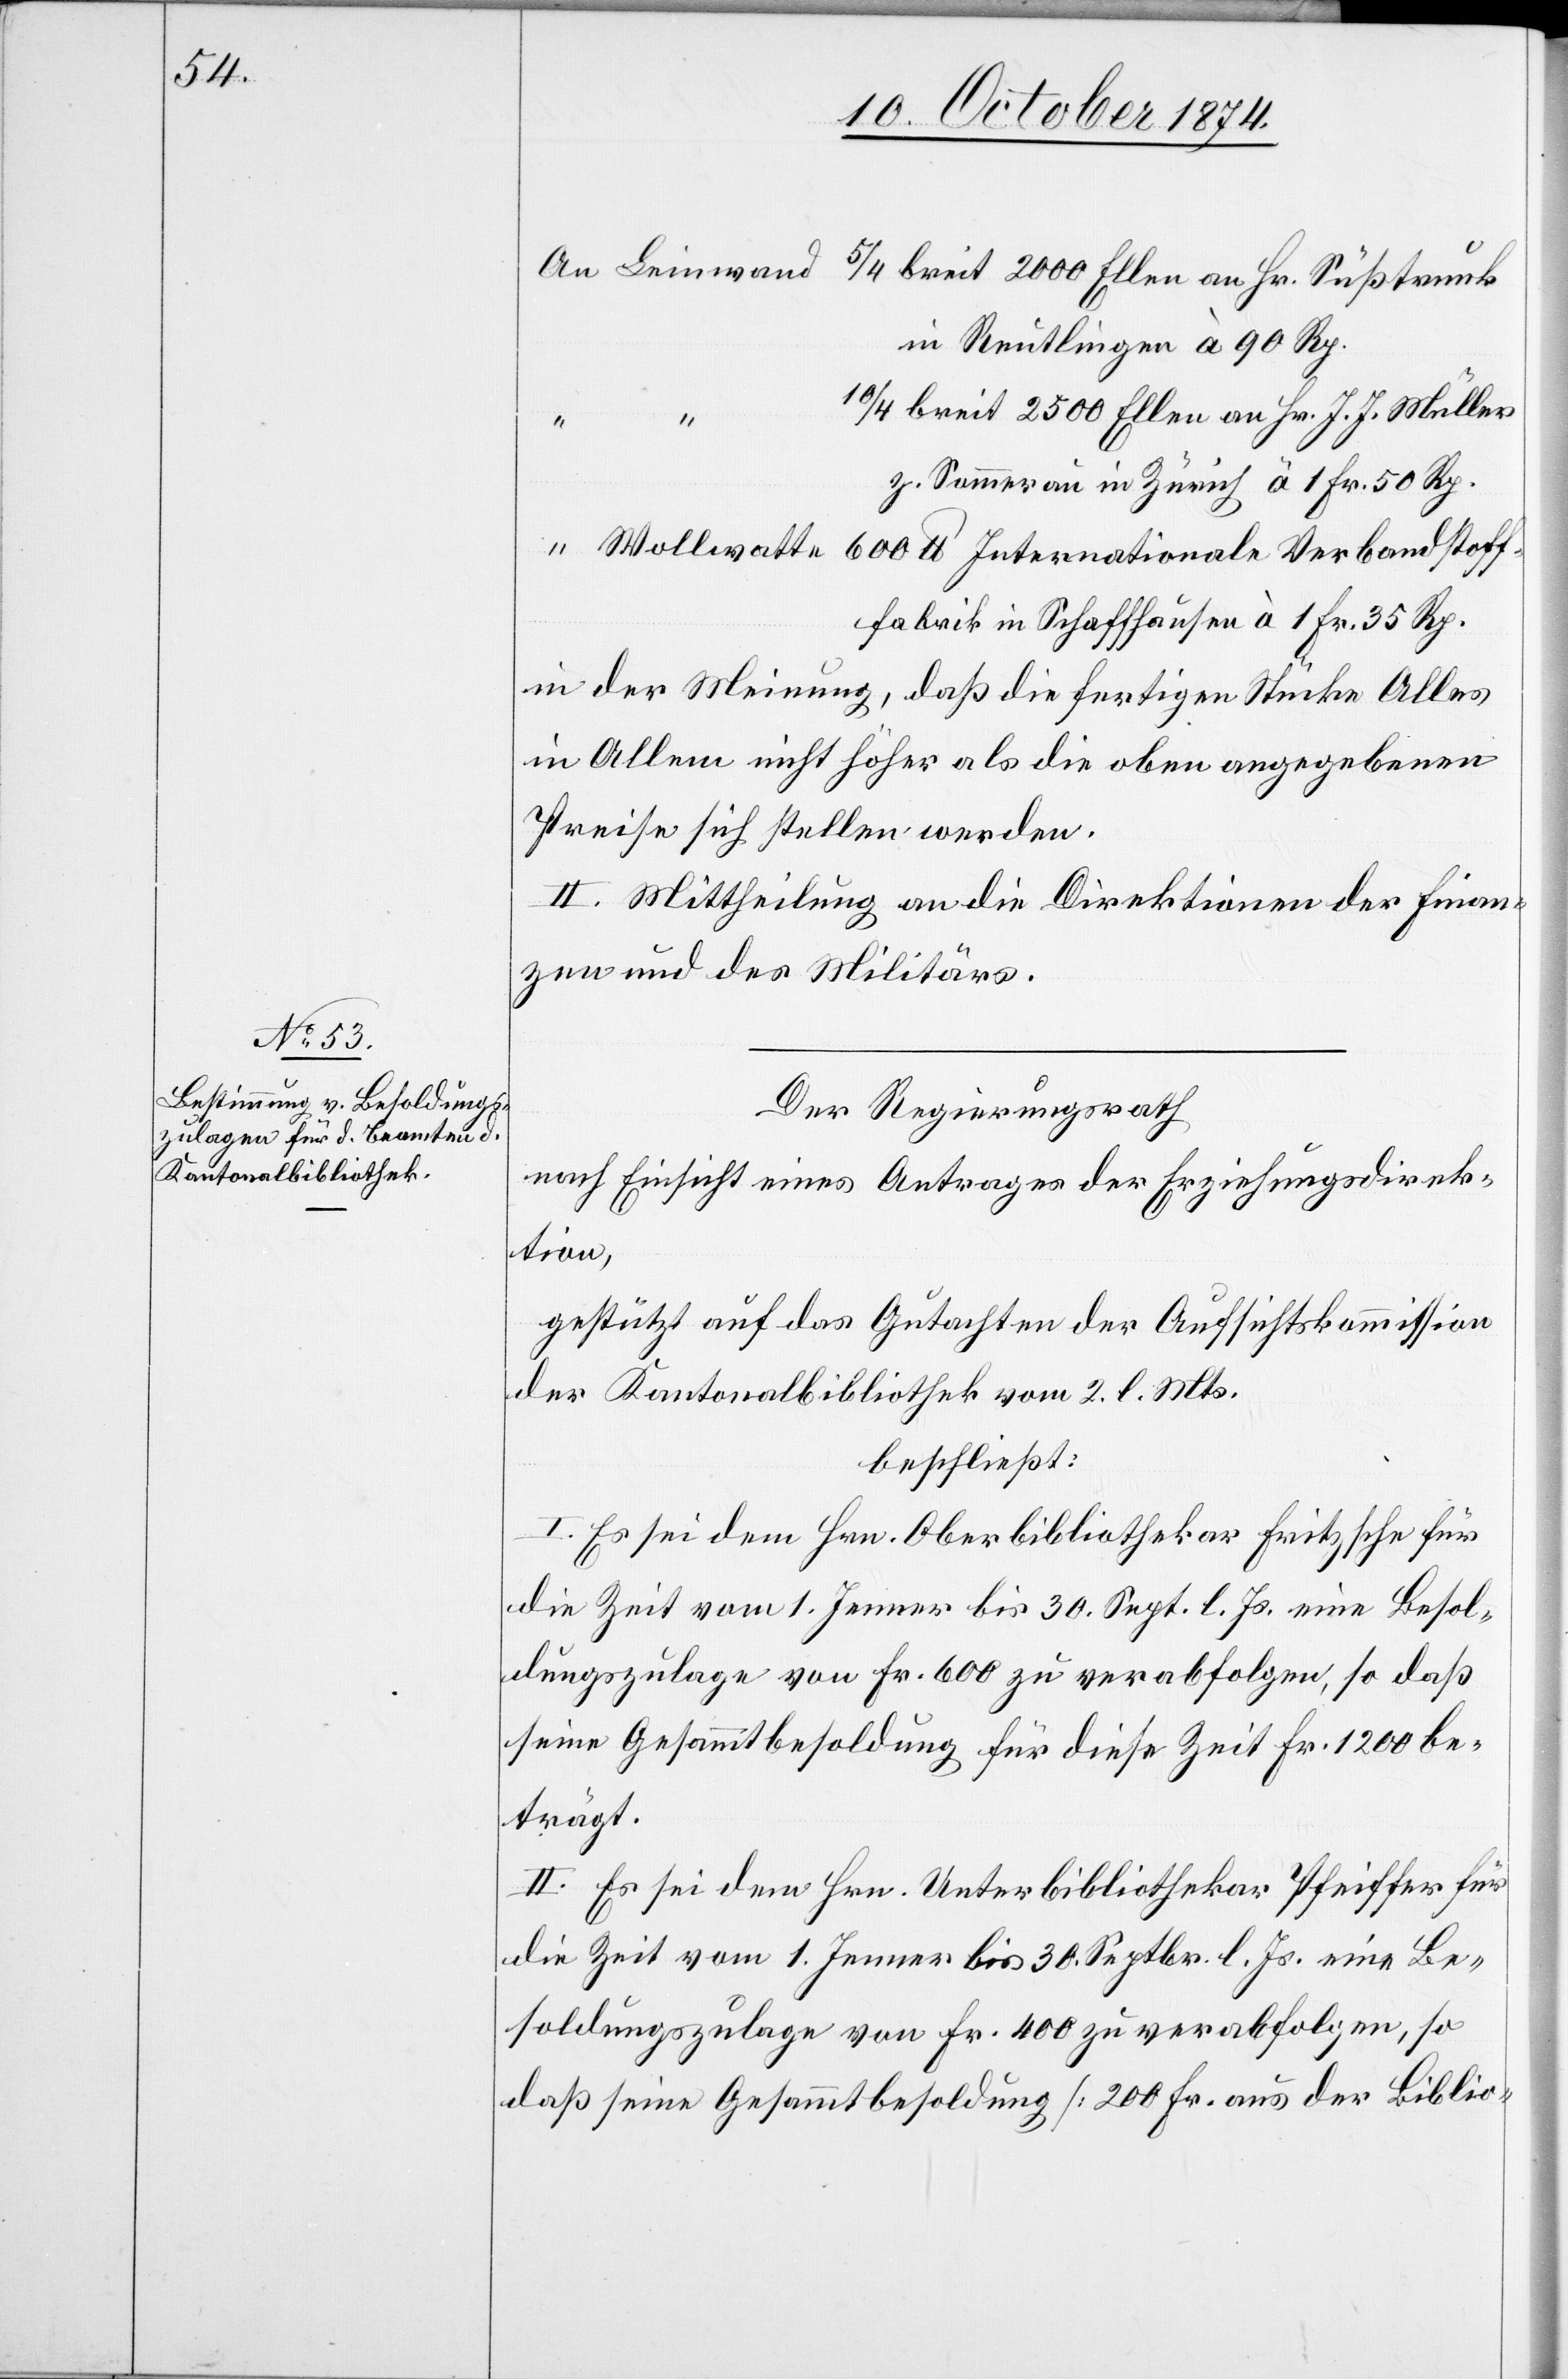
5/4 breit 2000 Ellen an Hr. Süßstrunk
in Reutlingen à 90 Rp.
10/4 breit 2500 Ellen an Hr. J. J. Müller
600
dstof¬
z. Sommerau in Zürich à 1 Fr. 50 Rp.
ffabrik in Schaffhausen à 1 Fr. 35 Rp.
in der Meinung, daß die fertigen Stücke Alles
in Allem nicht höher als die oben angegebenen
Preise sich stellen werden.
II. Mittheilung an die Direktionen der Finan¬
zen und des Militärs.
Der Regierungsrath
nach Einsicht eines Antrages der Erziehungsdirek¬
tion,
gestützt auf das Gutachten der Aufsichtskommission
der Kantonalbibliothek vom 2. l. Mts.
beschließt:
I. Es sei dem Hrn. Oberbibliothekar Fritzsche für
die Zeit vom 1. Jenner bis 30 Sept. l. Js. eine Besol¬
dungszulage von Fr. 600 zu verabfolgen, so daß
seine Gesamtbesoldung für diese Zeit Fr. 1200 be¬
trägt.
II. Es sei dem Hrn. Unterbibliothekar Pfeiffer für
die Zeit vom 1. Jenner 30 Septbr. l. Js. eine Be¬
soldungszulage von Fr. 400 zu verabfolgen, so
daß seine Gesammtbesoldung [200 Fr. aus der Biblio-